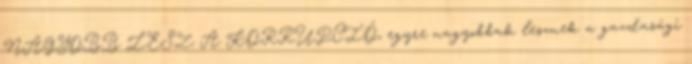
NAGYOBB LESZ A KORRUPCIÓ, egyre nagyobbak lesznek a gazdasági